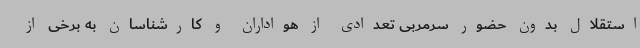
استقلال بدون حضور سرمربی تعدادی از هواداران و کارشناسان به برخی از